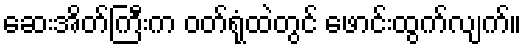
ဆေးအိတ်ကြီးက ဝတ်ရုံထဲတွင် ဖောင်းထွက်လျက်။